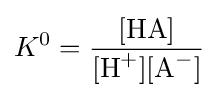
K^{0}={\frac {[\mathrm {HA} ]}{[\mathrm {H} {\vphantom {A}}^{+}][\mathrm {A} {\vphantom {A}}^{-}]}}